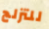
للتزلج